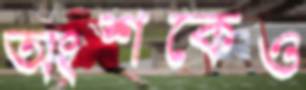
অংশকেও